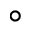
^ { \circ }